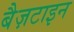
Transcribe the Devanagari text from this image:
बैज़टाइन